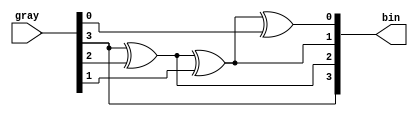
module gray_to_binary(gray, bin);

	input [3:0]gray;
	output [3:0]bin;

	// b3 = MSB
	and(bin[3], gray[3], gray[3]);
	xor(bin[2], gray[3], gray[2]);
	xor(bin[1], bin[2], gray[1]);
	xor(bin[0], bin[1], gray[0]);

endmodule

module grayToBinaryTb;

	reg [3:0]g;
	wire [3:0]b;

	gray_to_binary g2b(.gray(g), .bin(b));

	initial begin
		g = 4'b0000; #50;
		g = 4'b0001; #50;
		g = 4'b0010; #50;
		g = 4'b0011; #50;
		g = 4'b0100; #50;
		g = 4'b0101; #50;
		g = 4'b0110; #50;
		g = 4'b0111; #50;
		g = 4'b1000; #50;
		g = 4'b1001; #50;
		g = 4'b1010; #50;
		g = 4'b1011; #50;
		g = 4'b1100; #50;
		g = 4'b1101; #50;
		g = 4'b1110; #50;
		g = 4'b1111; #50;
	end

endmodule